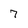
Character: 7